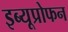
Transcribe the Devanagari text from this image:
इब्यूप्रोफन